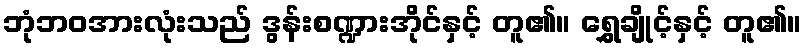
ဘုံဘဝအားလုံးသည် ဒွန်းစဏ္ဍားအိုင်နှင့် တူ၏။ ရွှေချိုင့်နှင့် တူ၏။